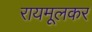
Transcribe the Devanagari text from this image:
रायमूलकर